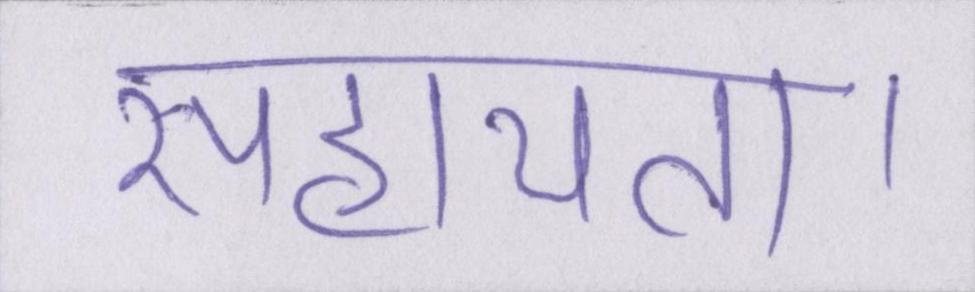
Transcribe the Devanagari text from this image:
सहायता।